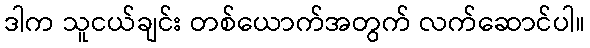
ဒါက သူငယ်ချင်း တစ်ယောက်အတွက် လက်ဆောင်ပါ။